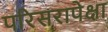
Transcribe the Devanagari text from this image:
परिसरापेक्षा